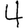
Digit: 4